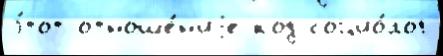
э́тот отноше́н'иjе код социо́лог